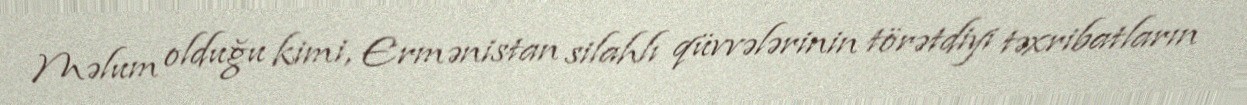
Məlum olduğu kimi, Ermənistan silahlı qüvvələrinin törətdiyi təxribatların